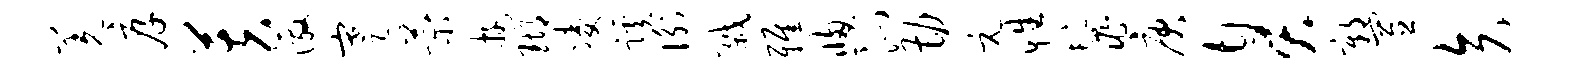
羌厚芙激蹇菊游瑚凌蹊衡戮雅窗沁勘元性鬣庚臭鄣置矢